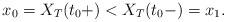
LaTeX: \begin{align*} x_0=X_T(t_0+)<X_T(t_0-)=x_1.\end{align*}